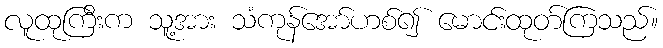
လူထုကြီးက သူ့အား သံကုန်အော်ဟစ်၍ မောင်းထုတ်ကြသည်။